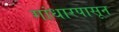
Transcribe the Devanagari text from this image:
गांधारपासून